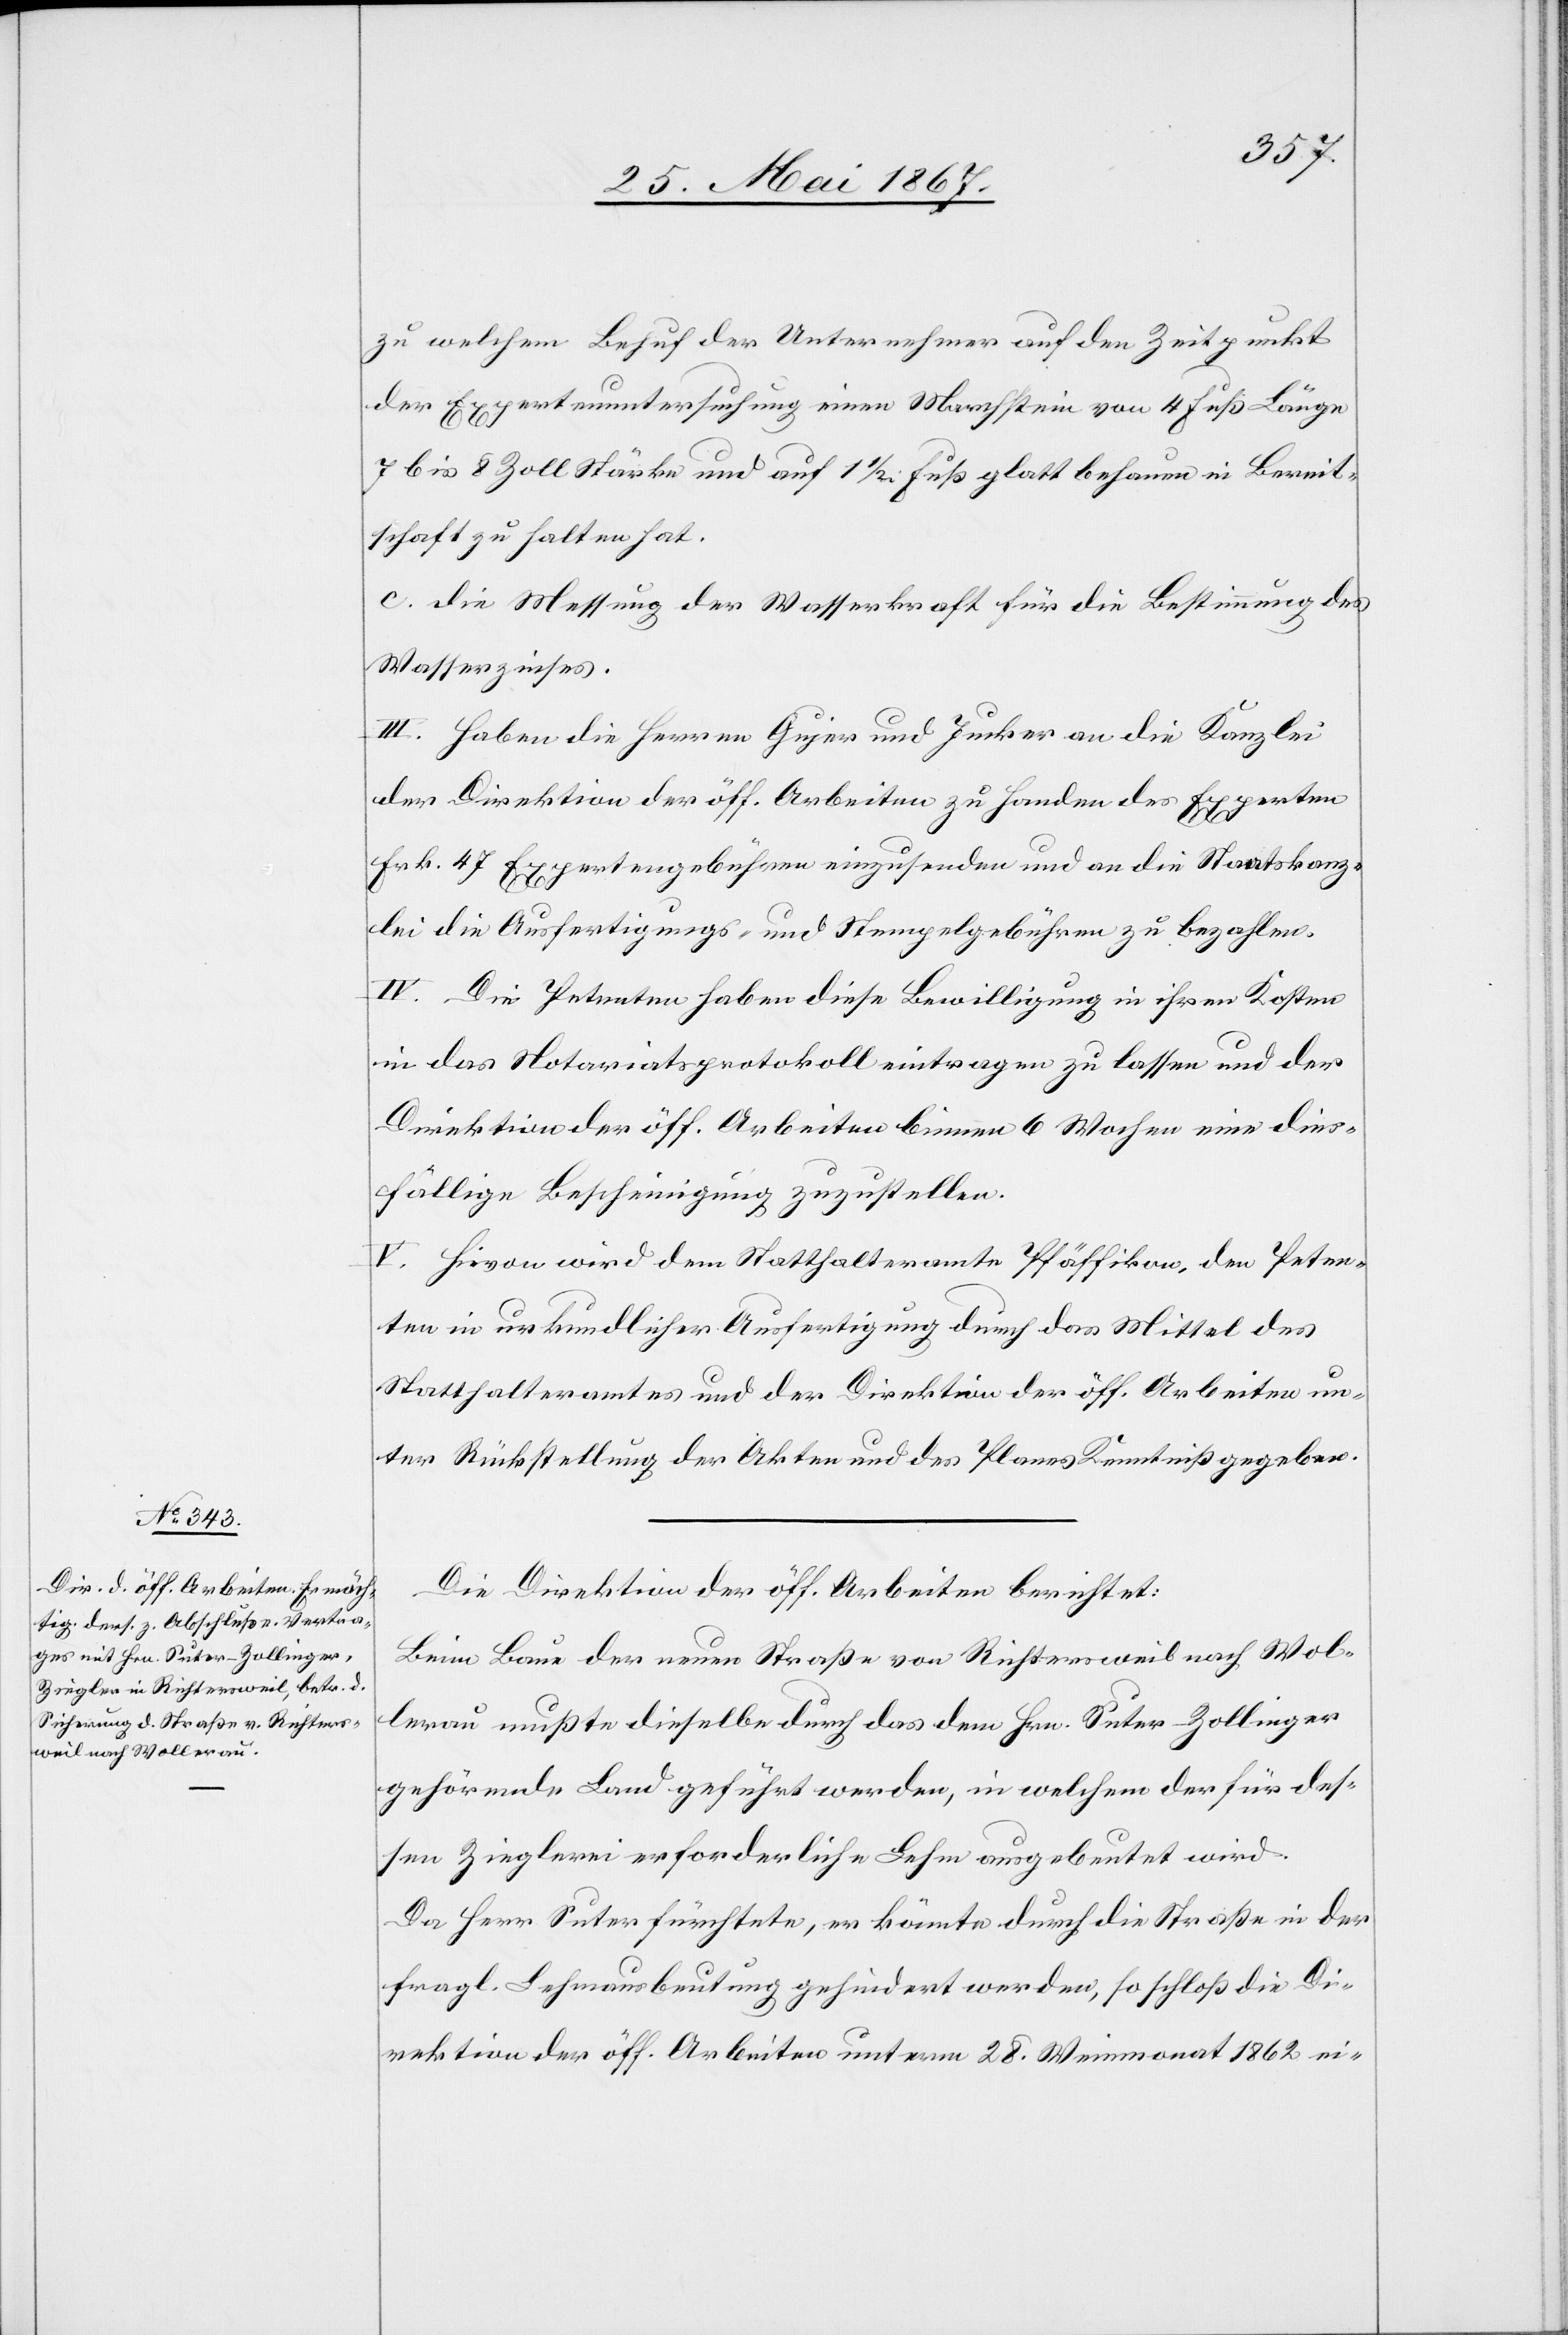
zu welchem Behuf der Unternehmer auf den Zeitpunkt
der Expertenuntersuchung einen Marchstein von 4 Fuß Länge
7 bis 8 Zoll Stärke und auf 1 1/2 Fuß glatt behauen in Bereit¬
schaft zu halten hat.
c.	die Messung der Wasserkraft für die Bestimmung des
Wasserzinses.
III. Haben die Herren Gujer und Jucker an die Kanzlei
der Direktion der öff. Arbeiten zu Handen des Experten
Frk. 47 Expertengebühren einzusenden und an die Staatskanz¬
lei die Ausfertigungs- und Stempelgebühren zu bezahlen.
IV. Die Petenten haben diese Bewilligung in ihren Kosten
in das Notariatsprotokoll eintragen zu lassen und der
Direktion der öff. Arbeiten binnen 6 Wochen eine dies¬
fällige Bescheinigung zuzustellen.
V. Hievon wird dem Statthalteramte Pfäffikon, den Peten¬
ten in urkundlicher Ausfertigung durch das Mittel des
Statthalteramtes und der Direktion der öff. Arbeiten un¬
ter Rückstellung der Akten und des Planes Kenntniß gegeben.
Die Direktion der öff. Arbeiten berichtet:
Beim Baue der neuen Straße von Richtersweil nach Wol¬
lerau mußte dieselbe durch das dem Hrn. Suter-Zollinger
gehörende Land geführt werden, in welchem der für des¬
sen Zieglerei erforderliche Lehm ausgebeutet wird.
Da Herr Suter fürchtete, er könnte durch die Straße in der
fragl. Lehmausbeutung gehindert werden, so schloß die Di¬
rektion der öff. Arbeiten unterm 28. Weinmonat 1862 ei-